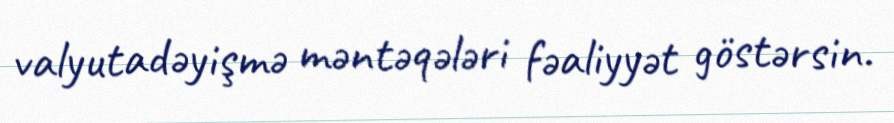
valyutadəyişmə məntəqələri fəaliyyət göstərsin.